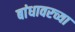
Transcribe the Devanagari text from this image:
बांधावरच्या